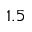
1 . 5